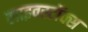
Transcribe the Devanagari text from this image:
लाइवस्टॉक्स